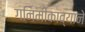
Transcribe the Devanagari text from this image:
गनिमीकाव्याने